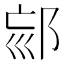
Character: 𨚳